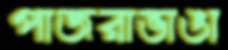
পাজরাভাঙা